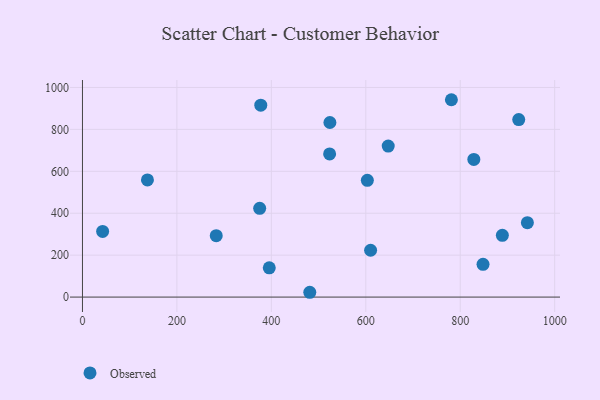
{"axis": {"x": "Speed", "y": "Sales"}, "legend": ["Observed"], "data": [{"x": "481.4", "y": 22.9, "type": "Observed"}, {"x": "942.2", "y": 355.0, "type": "Observed"}, {"x": "283.3", "y": 292.9, "type": "Observed"}, {"x": "889.2", "y": 294.4, "type": "Observed"}, {"x": "610.2", "y": 223.4, "type": "Observed"}, {"x": "42.7", "y": 313.4, "type": "Observed"}, {"x": "523.4", "y": 683.0, "type": "Observed"}, {"x": "137.6", "y": 558.8, "type": "Observed"}, {"x": "848.3", "y": 156.3, "type": "Observed"}, {"x": "781.3", "y": 941.5, "type": "Observed"}, {"x": "603.3", "y": 556.9, "type": "Observed"}, {"x": "375.3", "y": 423.6, "type": "Observed"}, {"x": "923.9", "y": 846.6, "type": "Observed"}, {"x": "377.6", "y": 915.4, "type": "Observed"}, {"x": "647.5", "y": 720.3, "type": "Observed"}, {"x": "524.0", "y": 832.9, "type": "Observed"}, {"x": "395.6", "y": 139.6, "type": "Observed"}, {"x": "828.8", "y": 656.8, "type": "Observed"}]}